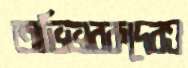
অভিভাবকদেরও